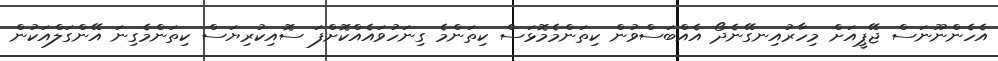
އެހެންނޫނަސް ޖޭޕީއަށް މިހާރުއިނގޭނެދޯ އެއްބަސްވުން ކިތަންމެމޮޅަސް ކިތަންމެ ގިނަހުވައެއްކޮށްފަ ސޮއިކުރިޔަސް ކިތަންމެގިނަ އޭންގަލްއަކުން